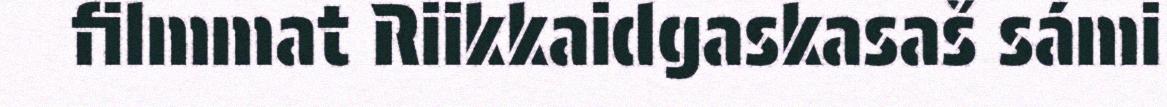
filmmat Riikkaidgaskasaš sámi